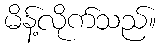
မိန့်လိုက်သည်။